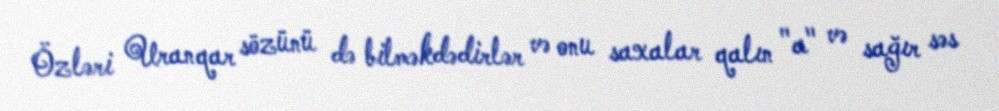
Özləri Uranqar sözünü də bilməkdədirlər və onu saxalar qalın "a" və sağır səs